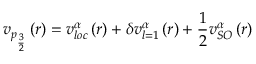
v _ { p _ { \frac { 3 } { 2 } } } \left( r \right) = v _ { l o c } ^ { \alpha } \left( r \right) + \delta v _ { l = 1 } ^ { \alpha } \left( r \right) + \frac { 1 } { 2 } v _ { S O } ^ { \alpha } \left( r \right)